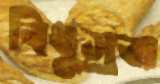
বিধুস্রবা